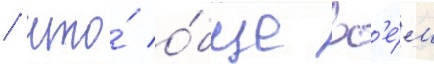
/ что́ о́бще вс'е́м